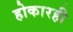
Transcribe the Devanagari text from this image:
होकारही